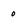
Character: 0